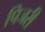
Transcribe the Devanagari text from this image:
पिजरी